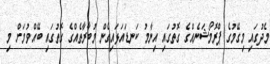
މެދުގައި މިގޭމުގެ ޕްރޮމޯޝަނެއްގެ ގޮތުގައި އިނާމު ކަނޑައަޅައިގެން މުބާރާތެއްގެ ގޮތުގައި ބޭއްވުމަށް މި